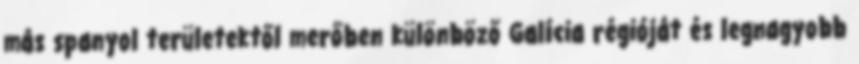
más spanyol területektől merőben különböző Galícia régióját és legnagyobb